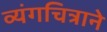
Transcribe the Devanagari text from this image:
व्यंगचित्राने